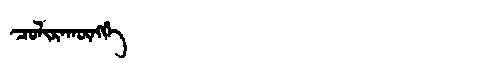
Manchu: ᠴᠣᠯᡳᡵᠠᡴᡡᠩᡤᡝ
Romanization: COLIRAKŪNGGE